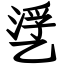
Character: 㐢